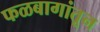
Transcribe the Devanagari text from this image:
फळबागांतून